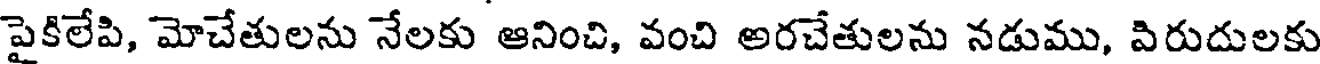
పైకిలేపి, మోచేతులను నేలకు ఆనించి, వంచి అరచేతులను నడుము, విరుదులకు